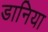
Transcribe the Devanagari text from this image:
डानिया